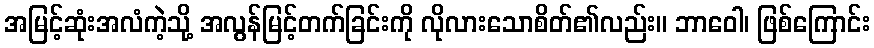
အမြင့်ဆုံးအလံကဲ့သို့ အလွန်မြင့်တက်ခြင်းကို လိုလားသောစိတ်၏လည်း။ ဘာဝေါ၊ ဖြစ်ကြောင်း